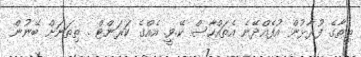
ތިތާގެ ފުރާޅުން އުފެއްދޭނެ އެތައްހާސް ކޭ.ވީ. އެއްގެ ކަރަންޓް . ތިތަނަށް ބޭނުން